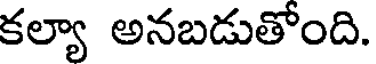
కల్యా అనబడుతోంది.